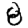
Digit: 8